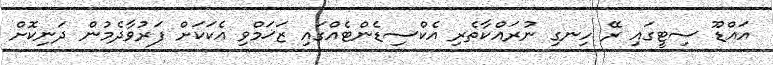
އައްޑޫ ސިޓީގައި ރޭ ހިނގި ނުރައްކާތެރި އެކްސިޑެންޓެއްގައި ޒަޚަމްވި އެކަކަށް ފަރުވާދެމުން ދަނިކޮށް